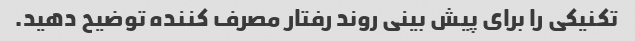
تکنیکی را برای پیش بینی روند رفتار مصرف کننده توضیح دهید.